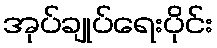
အုပ်ချုပ်ရေးပိုင်း